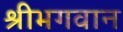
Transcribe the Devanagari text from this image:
श्रीभगवान